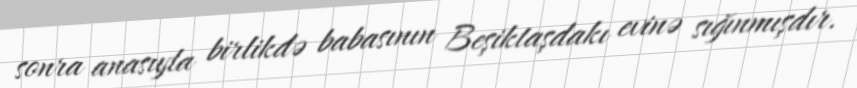
sonra anasıyla birlikdə babasının Beşiktaşdakı evinə sığınmışdır.